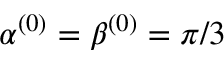
\alpha ^ { ( 0 ) } = \beta ^ { ( 0 ) } = \pi / 3